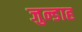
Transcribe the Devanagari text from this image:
जुन्डाह